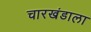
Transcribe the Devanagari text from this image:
चारखंडाला